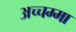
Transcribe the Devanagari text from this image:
अच्चम्मा